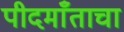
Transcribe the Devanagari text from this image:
पीदमाँताचा